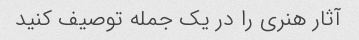
آثار هنری را در یک جمله توصیف کنید